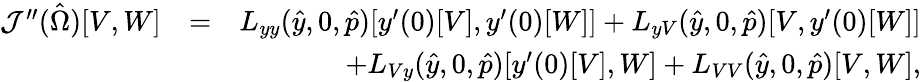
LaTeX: \begin{array}{rlr}{\mathcal{J}^{\prime\prime}(\hat{\Omega})[V,W]}&{=}&{L_{yy}(\hat{y},0,\hat{p})[y^{\prime}(0)[V],y^{\prime}(0)[W]]+L_{yV}(\hat{y},0,\hat{p})[V,y^{\prime}(0)[W]]}\\ &{}&{+L_{Vy}(\hat{y},0,\hat{p})[y^{\prime}(0)[V],W]+L_{VV}(\hat{y},0,\hat{p})[V,W],}\end{array}